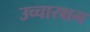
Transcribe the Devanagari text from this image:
उच्चारक्षम